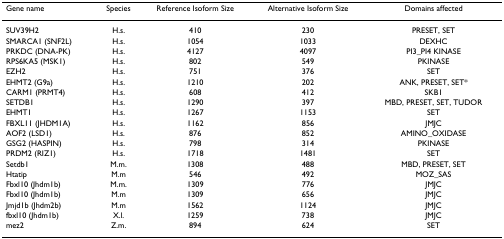
<table><thead><tr><td><b>Gene name</b></td><td><b>Species</b></td><td><b>Reference Isoform Size</b></td><td><b>Alternative Isoform Size</b></td><td><b>Domains affected</b></td></tr></thead><tbody><tr><td>SUV39H2</td><td>H.s.</td><td>410</td><td>230</td><td>PRESET, SET</td></tr><tr><td>SMARCA1 (SNF2L)</td><td>H.s.</td><td>1054</td><td>1033</td><td>DEXHC</td></tr><tr><td>PRKDC (DNA-PK)</td><td>H.s.</td><td>4127</td><td>4097</td><td>PI3_PI4 KINASE</td></tr><tr><td>RPS6KA5 (MSK1)</td><td>H.s.</td><td>802</td><td>549</td><td>PKINASE</td></tr><tr><td>EZH2</td><td>H.s.</td><td>751</td><td>376</td><td>SET</td></tr><tr><td>EHMT2 (G9a)</td><td>H.s.</td><td>1210</td><td>202</td><td>ANK, PRESET, SET*</td></tr><tr><td>CARM1 (PRMT4)</td><td>H.s.</td><td>608</td><td>412</td><td>SKB1</td></tr><tr><td>SETDB1</td><td>H.s.</td><td>1290</td><td>397</td><td>MBD, PRESET, SET, TUDOR</td></tr><tr><td>EHMT1</td><td>H.s.</td><td>1267</td><td>1153</td><td>SET</td></tr><tr><td>FBXL11 (JHDM1A)</td><td>H.s.</td><td>1162</td><td>856</td><td>JMJC</td></tr><tr><td>AOF2 (LSD1)</td><td>H.s.</td><td>876</td><td>852</td><td>AMINO_OXIDASE</td></tr><tr><td>GSG2 (HASPIN)</td><td>H.s.</td><td>798</td><td>314</td><td>PKINASE</td></tr><tr><td>PRDM2 (RIZ1)</td><td>H.s.</td><td>1718</td><td>1481</td><td>SET</td></tr><tr><td>Setdb1</td><td>M.m.</td><td>1308</td><td>488</td><td>MBD, PRESET, SET</td></tr><tr><td>Htatip</td><td>M.m</td><td>546</td><td>492</td><td>MOZ_SAS</td></tr><tr><td>Fbxl10 (Jhdm1b)</td><td>M.m.</td><td>1309</td><td>776</td><td>JMJC</td></tr><tr><td>Fbxl10 (Jhdm1b)</td><td>M.m</td><td>1309</td><td>656</td><td>JMJC</td></tr><tr><td>Jmjd1b (Jhdm2b)</td><td>M.m</td><td>1562</td><td>1124</td><td>JMJC</td></tr><tr><td>fbxl10 (Jhdm1b)</td><td>X.l.</td><td>1259</td><td>738</td><td>JMJC</td></tr><tr><td>mez2</td><td>Z.m.</td><td>894</td><td>624</td><td>SET</td></tr></tbody></table>